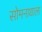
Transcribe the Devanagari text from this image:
सोमनाथाला